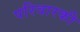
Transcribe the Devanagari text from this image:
परिवारकी